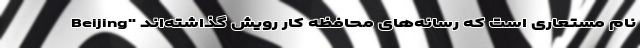
نام مستعاری است که رسانه‌های محافظه کار رویش گذاشته‌اند "Beijing